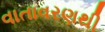
વાતાવરણથી